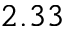
2 . 3 3